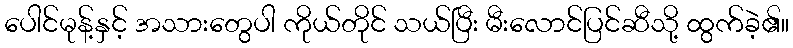
ပေါင်မုန့်နှင့် အသားတွေပါ ကိုယ်တိုင် သယ်ပြီး မီးလောင်ပြင်ဆီသို့ ထွက်ခဲ့၏။